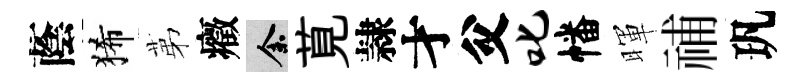
蔭狶苐癥余莧隷才父叱幡暉𥙷㺬